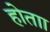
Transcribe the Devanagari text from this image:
होताा